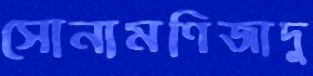
সোনামণিজাদু